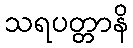
သရပတ္တာနိ